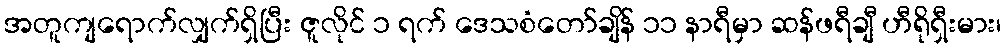
အတူကျရောက်လျှက်ရှိပြီး ဇူလိုင် ၁ ရက် ဒေသစံတော်ချိန် ၁၁ နာရီမှာ ဆန်ဖရီချီ ဟီရိုရှီးမား၊